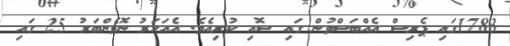
1783ގައި ޕެރިސް އެއްބަސްވުން ގައި ސޮއި ކުރިއެވެ. އެއަހަރު ނޮވެންބަރު 25 ގައި